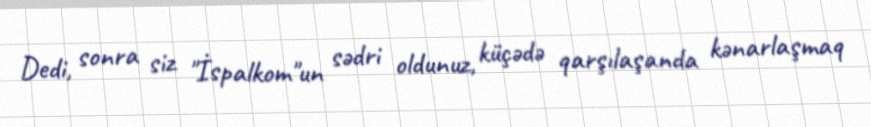
Dedi, sonra siz "İspalkom"un sədri oldunuz, küçədə qarşılaşanda kənarlaşmaq